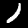
Label: 1